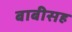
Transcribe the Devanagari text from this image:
बाबीसह